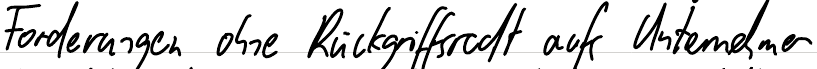
Forderungen ohne Rückgriffsradt auf Unternehmer